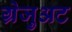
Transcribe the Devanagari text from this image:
ग्रेजुअट